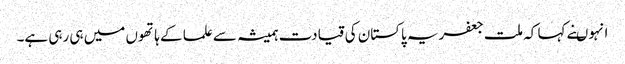
انہوںنے کہا کہ ملت جعفریہ پاکستان کی قیادت ہمیشہ سے علما کے ہاتھوں میں ہی رہی ہے۔